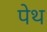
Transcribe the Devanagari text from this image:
पेथ